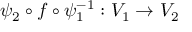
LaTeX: \psi _ { 2 } \circ f \circ \psi _ { 1 } ^ { - 1 } : V _ { 1 } \to V _ { 2 }